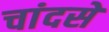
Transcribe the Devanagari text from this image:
चांदसे